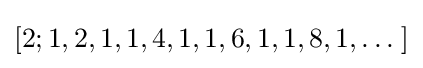
[2;1,2,1,1,4,1,1,6,1,1,8,1,\ldots \;]